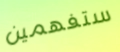
ستفهمين